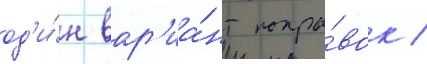
од'и́н вар'иа́нт попра́вок /